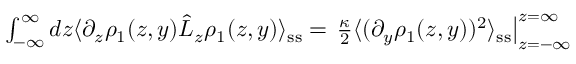
\begin{array} { r } { \int _ { - \infty } ^ { \infty } d z \langle \partial _ { z } \rho _ { 1 } ( z , y ) \hat { L } _ { z } \rho _ { 1 } ( z , y ) \rangle _ { \mathrm { s s } } = \left. \frac { \kappa } { 2 } \langle ( \partial _ { y } \rho _ { 1 } ( z , y ) ) ^ { 2 } \rangle _ { \mathrm { s s } } \right| _ { z = - \infty } ^ { z = \infty } } \end{array}